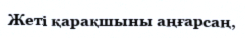
Жеті қарақшыны аңғарсаң,